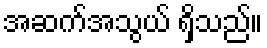
အဆက်အသွယ် ရှိသည်။